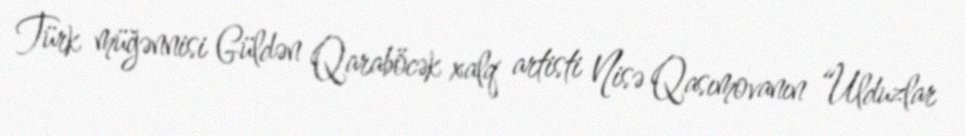
Türk müğənnisi Güldən Qaraböcək xalq artisti Nisə Qasımovanın “Ulduzlar